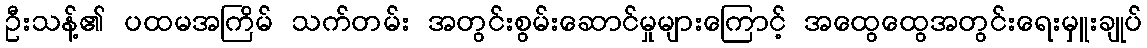
ဦးသန့်၏ ပထမအကြိမ် သက်တမ်း အတွင်းစွမ်းဆောင်မှုများကြောင့် အထွေထွေအတွင်းရေးမှူးချုပ်